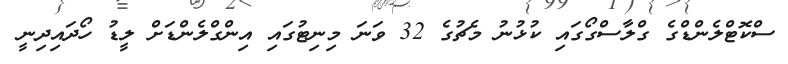
ސްކޮޓްލެންޑްގެ ގްލާސްގޯގައި ކުޅުނު މެޗުގެ 32 ވަނަ މިނިޓުގައި އިންގްލެންޑަށް ލީޑު ހޯދައިދިނީ